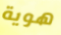
هوية